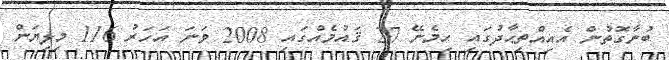
ބުނާގޮތުން އެއިއްތިޙާދުގައި ހިމެނޭ 27 ޤައުމެއްގައި 2008 ވަނަ އަހަރު 116 މިލިޔަން